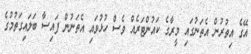
އޭގެ އިތުރުން އެތަނުގައި މީރާގެ ކައުންޓަރެއް ވެސް ހުޅުވައި އެތަނުން ފައިސާ ބަލައިގަތުމުގެ